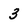
Character: 3